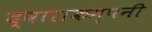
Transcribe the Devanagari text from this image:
द्वाराकम्‍पनी